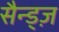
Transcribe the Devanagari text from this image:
सैन्ड्ज़